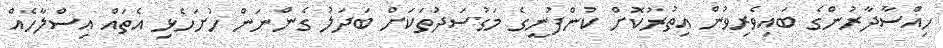
ހިއްސާދާރުންގެ ބައިވެރިވުން އިތުރުކޮށް ކުންފުނީގެ މަގުސަދުތަކަށް ބަދަލު ގެންނަން ހުށަހެޅި އެތައް އިސްލާހެއް